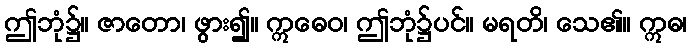
ဤဘုံ၌။ ဇာတော၊ ဖွား၍။ ဣဓေဝ၊ ဤဘုံ၌ပင်။ မရတိ၊ သေ၏။ ဣဓ၊